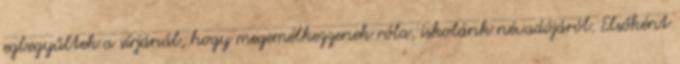
egbegyűltek a sírjánál, hogy megemélkezzenek róla, iskolánk névadójáról. Elsőként